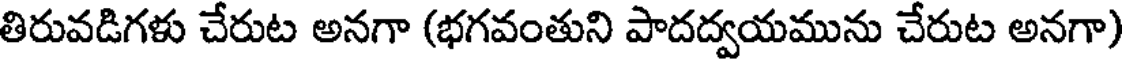
తిరువడిగళు చేరుట అనగా (భగవంతుని పాదద్వయమును చేరుట అనగా)